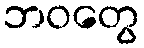
ဘဝတွေ